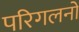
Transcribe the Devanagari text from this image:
परिगलनों